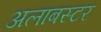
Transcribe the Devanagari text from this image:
अलाबस्टर